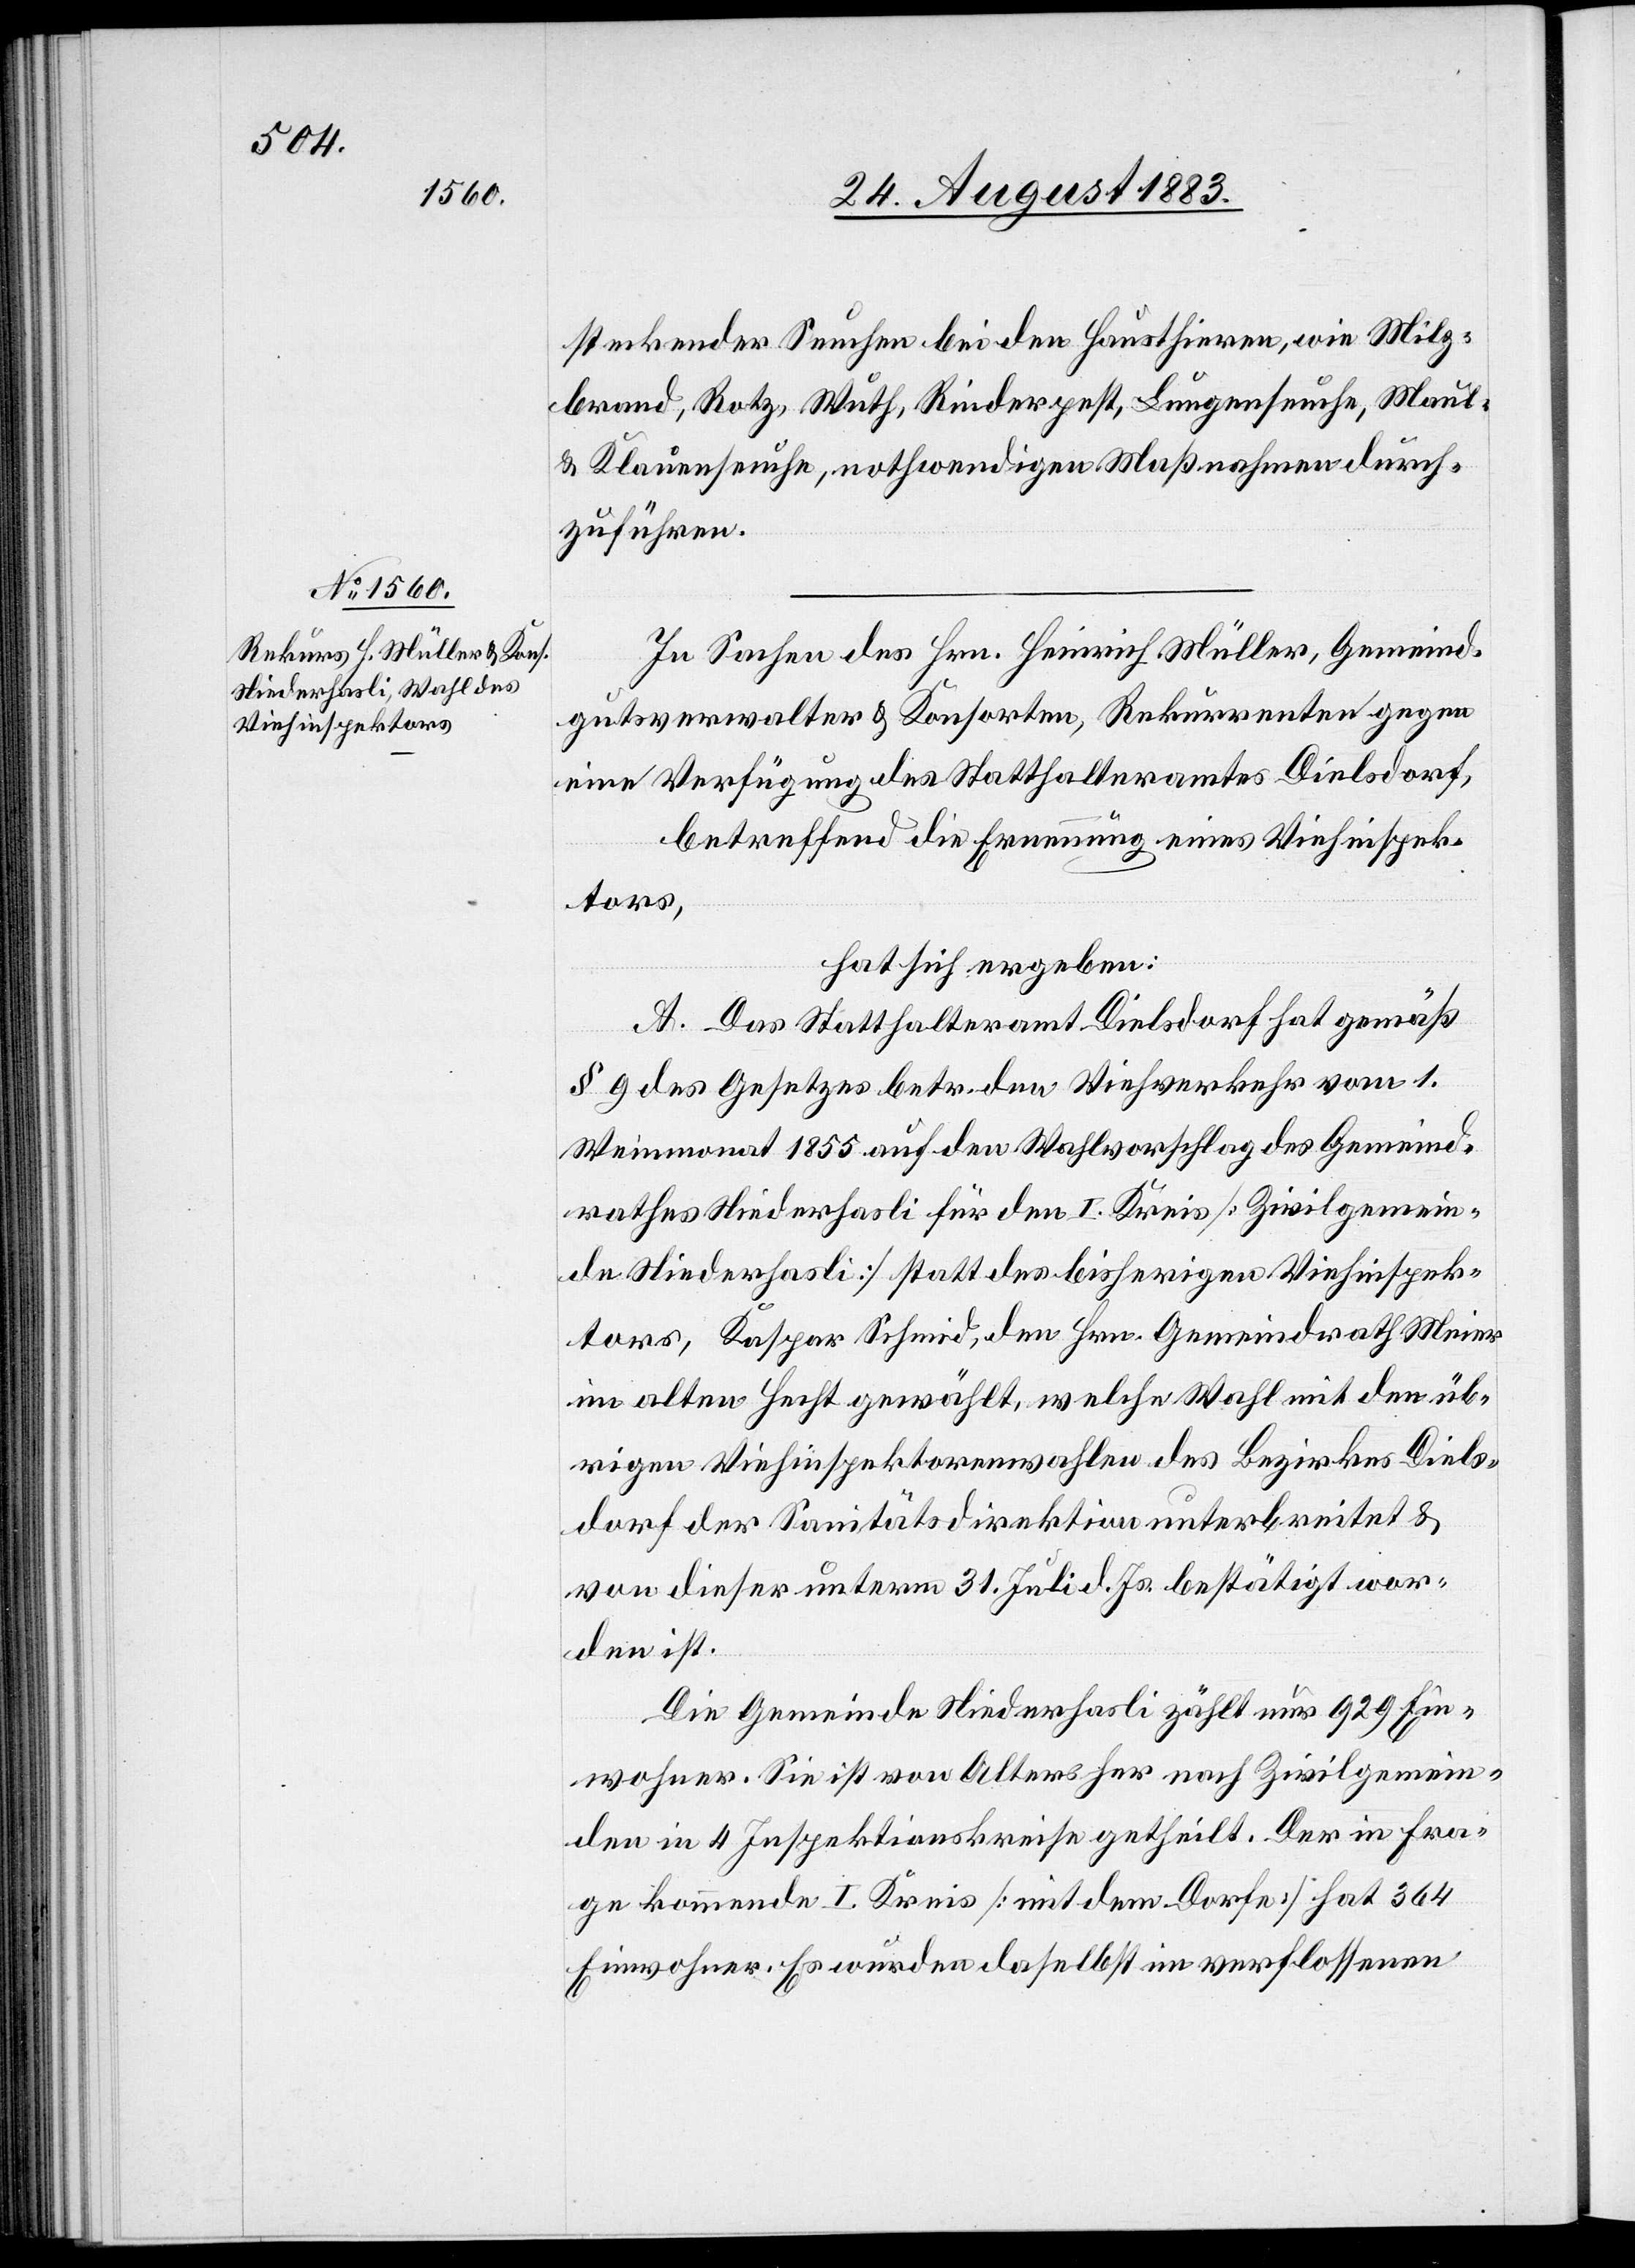
steckender Seuchen bei den Hausthieren, wie Milz¬
brand, Rotz, Wuth, Rinderpest, Lungenseuche, Maul-
& Klauenseuche, nothwendigen Maßnahmen durch¬
zuführen.
In Sachen des Hrn. Heinrich Müller, Gemeind¬
gutsverwalter & Konsorten, Rekurrenten gegen
eine Verfügung des Statthalteramtes Dielsdorf,
betreffend die Ernennung eines Viehinspek¬
tors,
hat sich ergeben:
A. Das Statthalteramt Dielsdorf hat gemäß
§ 9 des Gesetzes betr. den Viehverkehr vom 1.
Weinmonat 1855 auf den Wahlvorschlag des Gemeind¬
rathes Niederhasli für den I. Kreis [Zivilgemein¬
de Niederhasli] statt des bisherigen Viehinspek¬
tors, Kaspar Schmid, den Hrn. Gemeindrath Meier
im alten Hecht gewählt, welche Wahl mit den üb¬
rigen Viehinspektorenwahlen des Bezirkes Diels¬
dorf der Sanitätsdirektion unterbreitet &
von dieser unterm 31. Juli d. Js. bestätigt wor¬
den ist.
Die Gemeinde Niederhasli zählt nur 929 Ein¬
wohner. Sie ist von Alters her nach Zivilgemein¬
den in 4 Inspektionskreise getheilt. Der in Fra¬
ge kommende I. Kreis [mit dem Dorfe] hat 364
Einwohner. Es wurden daselbst im verflossenen